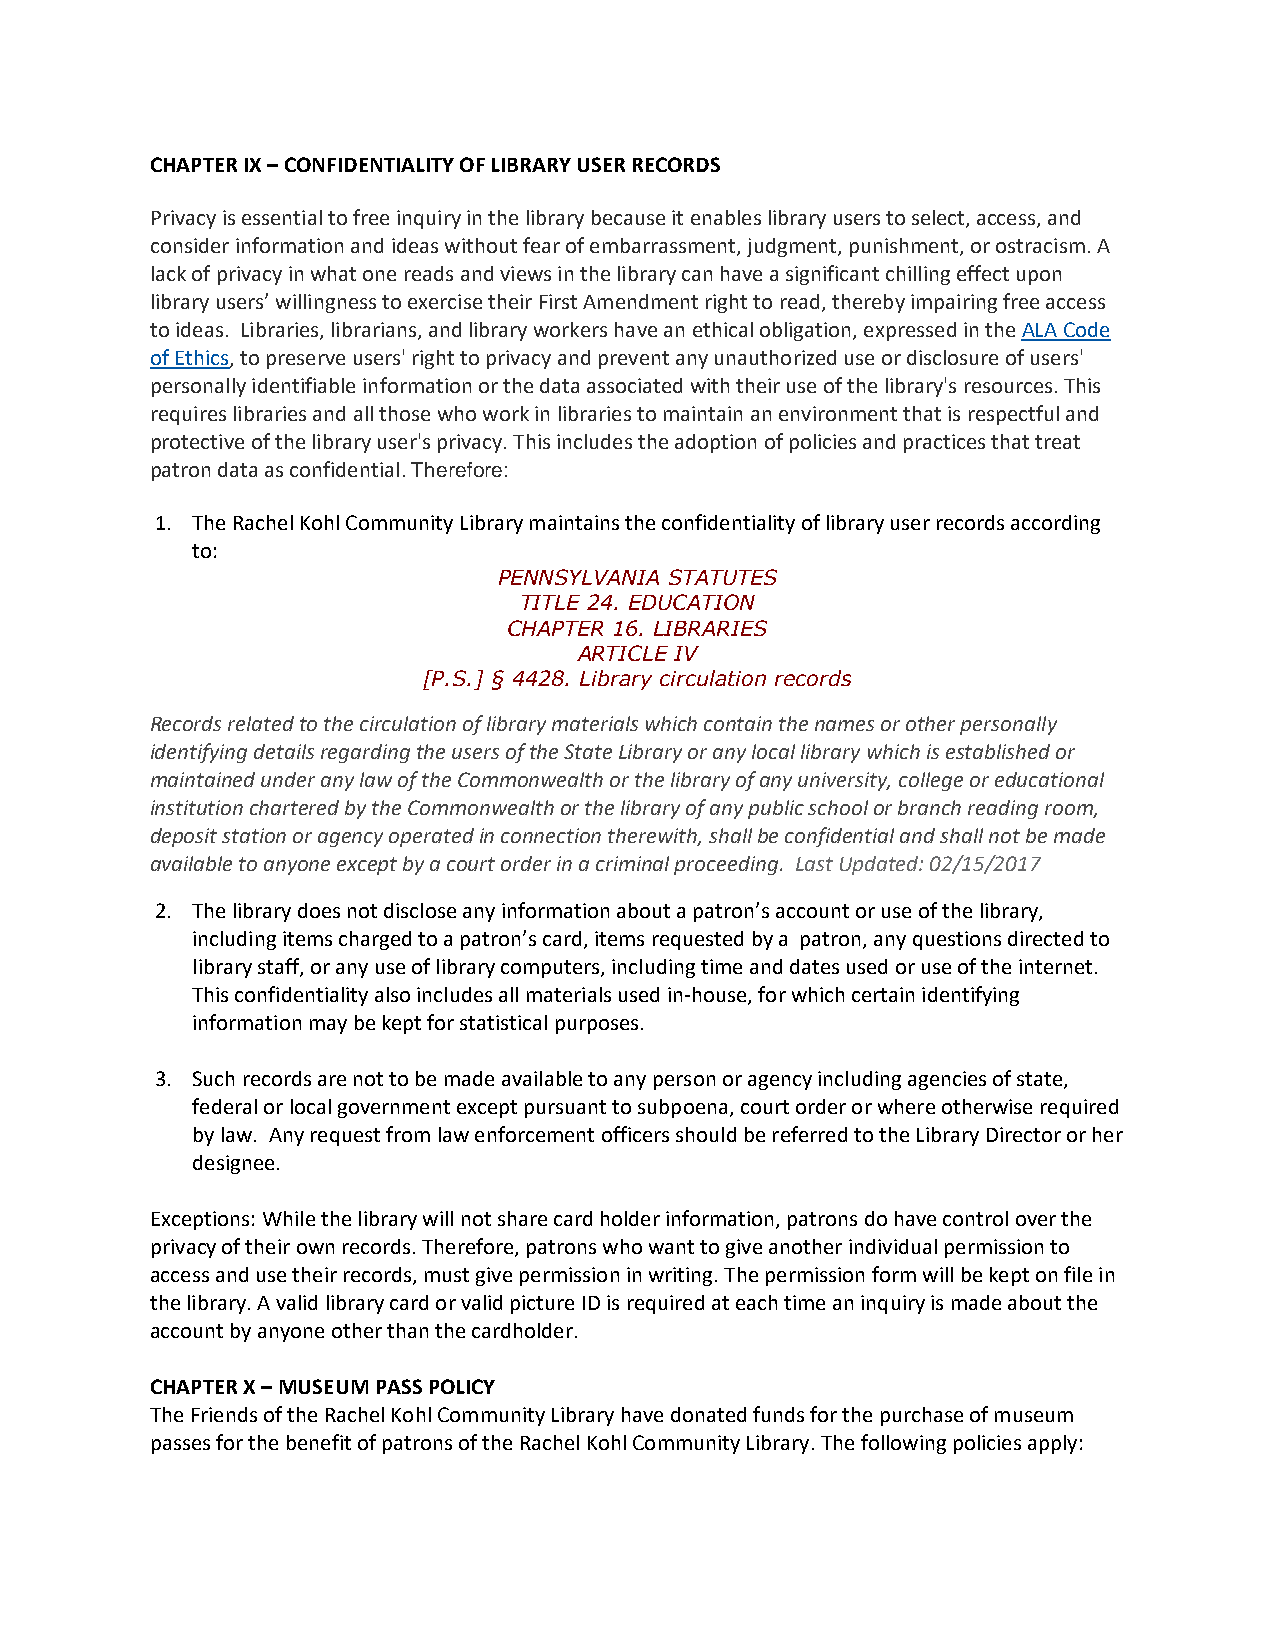
CHAPTER IX – CONFIDENTIALITY OF LIBRARY USER RECORDS
 Privacy is essential to free inquiry in the library because it enables library users to select, access, and
 consider information and ideas without fear of embarrassment, judgment, punishment, or ostracism. A
 lack of privacy in what one reads and views in the library can have a significant chilling effect upon
 library users’ willingness to exercise their First Amendment right to read, thereby impairing free access
 to ideas. Libraries, librarians, and library workers have an ethical obligation, expressed in the ALA Code
 of Ethics, to preserve users' right to privacy and prevent any unauthorized use or disclosure of users'
 personally identifiable information or the data associated with their use of the library's resources. This
 requires libraries and all those who work in libraries to maintain an environment that is respectful and
 protective of the library user's privacy. This includes the adoption of policies and practices that treat
 patron data as confidential. Therefore:
 1. The Rachel Kohl Community Library maintains the confidentiality of library user records according
 to:
 PENNSYLVANIA STATUTES
 TITLE 24. EDUCATION
 CHAPTER 16. LIBRARIES
 ARTICLE IV
 [P.S.] § 4428. Library circulation records
 Records related to the circulation of library materials which contain the names or other personally
 identifying details regarding the users of the State Library or any local library which is established or
 maintained under any law of the Commonwealth or the library of any university, college or educational
 institution chartered by the Commonwealth or the library of any public school or branch reading room,
 deposit station or agency operated in connection therewith, shall be confidential and shall not be made
 available to anyone except by a court order in a criminal proceeding. Last Updated: 02/15/2017
 2. The library does not disclose any information about a patron’s account or use of the library,
 including items charged to a patron’s card, items requested by a patron, any questions directed to
 library staff, or any use of library computers, including time and dates used or use of the internet.
 This confidentiality also includes all materials used in-house, for which certain identifying
 information may be kept for statistical purposes.
 3. Such records are not to be made available to any person or agency including agencies of state,
 federal or local government except pursuant to subpoena, court order or where otherwise required
 by law. Any request from law enforcement officers should be referred to the Library Director or her
 designee.
 Exceptions: While the library will not share card holder information, patrons do have control over the
 privacy of their own records. Therefore, patrons who want to give another individual permission to
 access and use their records, must give permission in writing. The permission form will be kept on file in
 the library. A valid library card or valid picture ID is required at each time an inquiry is made about the
 account by anyone other than the cardholder.
 CHAPTER X – MUSEUM PASS POLICY
 The Friends of the Rachel Kohl Community Library have donated funds for the purchase of museum
 passes for the benefit of patrons of the Rachel Kohl Community Library. The following policies apply: